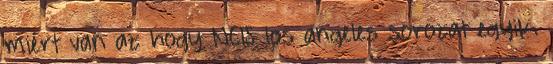
miért van az hogy NCIS los angeles sorozat egyik.